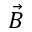
\vec { B }